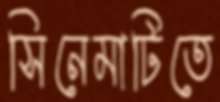
সিনেমাটিতে